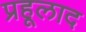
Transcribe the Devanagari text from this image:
प्रहूलाद